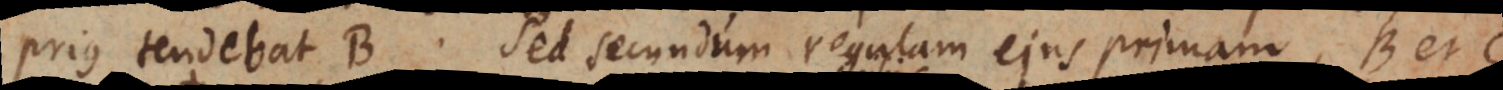
prius tendebat B. Sed secundum regulam ejus primam, B et C